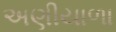
અણીયાળા